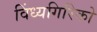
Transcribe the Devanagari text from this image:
विंध्यगिरिको